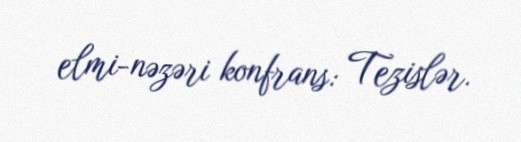
elmi-nəzəri konfrans: Tezislər.